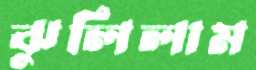
ঝুলিলাম